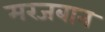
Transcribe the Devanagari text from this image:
मरजबान